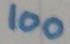
Text: 100